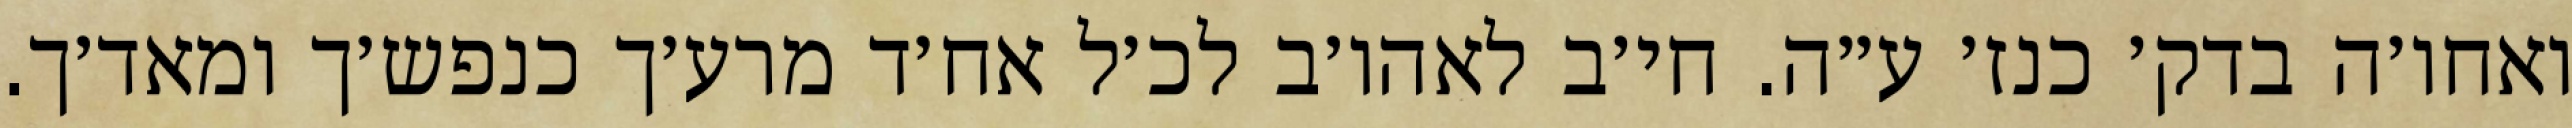
ואחו׳ה בדק׳ כנז׳ ע״ה. חי׳ב לאהו׳ב לכ׳ל אח׳ד מרע׳ך כנפש׳ך ומאד׳ך.